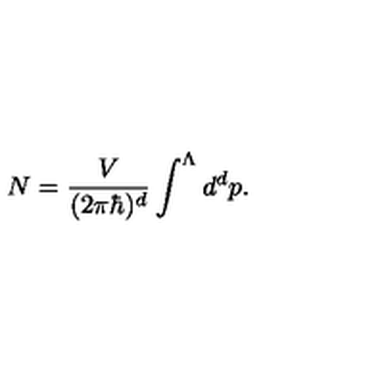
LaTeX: N = \frac { V } { ( 2 \pi \hbar ) ^ { d } } \int ^ { \Lambda } d ^ { d } p .